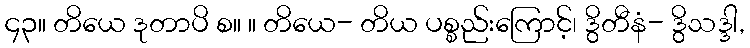
၄၃။ တိယေ ဒုတာပိ စ။ ။ တိယေ- တိယ ပစ္စည်းကြောင့်၊ ဒွိတီနံ- ဒွိသဒ္ဒါ,